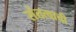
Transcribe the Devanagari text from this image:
संतत्वाची